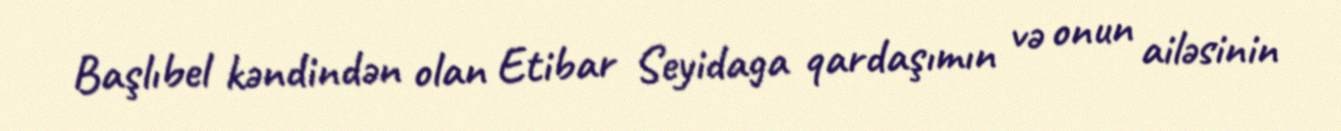
Başlıbel kəndindən olan Etibar Seyidaga qardaşımın və onun ailəsinin